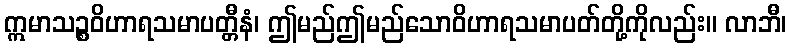
ဣမာသဉ္စဝိဟာရသမာပတ္တီနံ၊ ဤမည်ဤမည်သောဝိဟာရသမာပတ်တို့ကိုလည်း။ လာဘီ၊